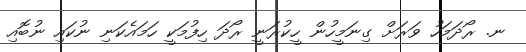
ނ. ރޯދަމަހު ވަރަށް ގިނަމީހުން ހީކުރަނީ ރޯދަ ހިފުމަކީ ހަމައެކަނި ނުކައި ނުބޮއި